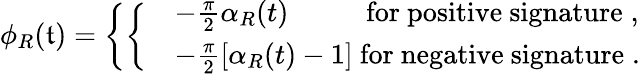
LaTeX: \phi_{R}(\mathfrak{t})=\left\{ \left\{ \begin{array}{ll}{{}}&{{-\frac{\pi}{2}\alpha_{R}(t)\qquad\mathrm{~~~for~positive~signature}\; ,}}\\ {{}}&{{-\frac{\pi}{2}\left[\alpha_{R}(t)-1\right]\mathrm{~for~negative~signature}\; .}}\end{array}\right.\right.